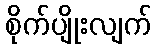
စိုက်ပျိုးလျက်